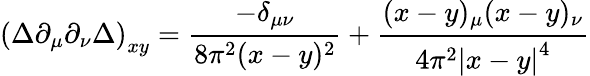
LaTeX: \left(\Delta\partial_{\mu}\partial_{\nu}\Delta\right)_{xy}=\frac{-\delta_{\mu\nu}}{8\pi^{2}(x-y)^{2}}+\frac{(x-y)_{\mu}(x-y)_{\nu}}{4\pi^{2}\left|x-y\right|^{4}}